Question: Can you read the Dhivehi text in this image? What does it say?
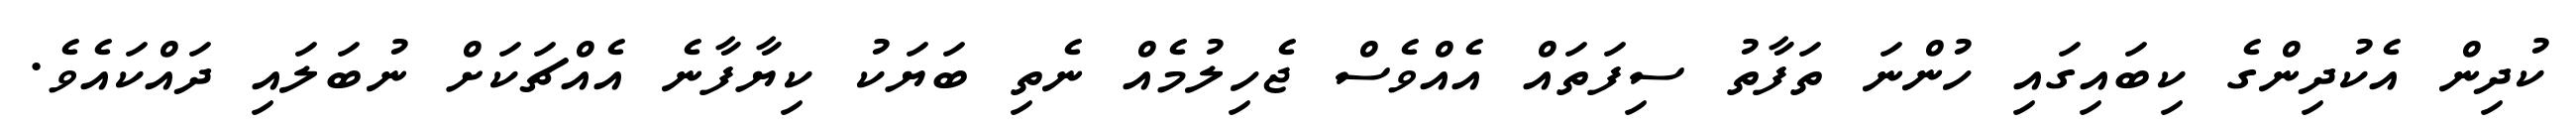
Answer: ކުދިން އެކުދިންގެ ކިބައިގައި ހުންނަ ތަފާތު ސިފަތައް އެއްވެސް ޖެހިލުމެއް ނެތި ބަޔަކު ކިޔާފާނެ އެއްޗަކަށް ނުބަލައި ދައްކައެވެ.